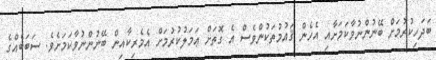
ބަދަހިކުރުމަށް ބޭނުންނުވާކަމަށާއި އެހެން ޤައުމުތަކުންވެސް އެ ގޮތަށް ޢަމަލުކުރުމަށް އެމެރިކާއިން ބޭނުންނުވާކަމަށެވެ. ސަބަބެއްގެ